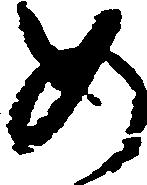
め